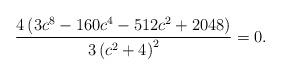
LaTeX: \begin{align*}\frac{4 \left(3 c^8-160 c^4-512 c^2+2048\right)}{3 \left(c^2+4\right)^2}=0.\end{align*}